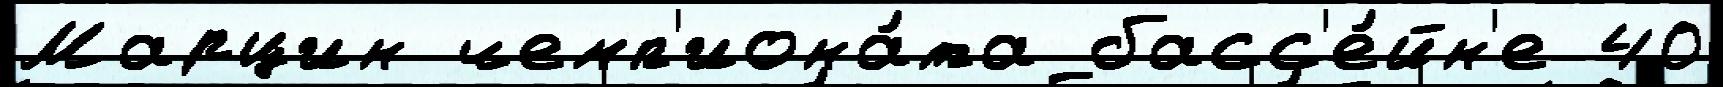
Марцин чемп'иона́та басс'е́йн'е 40